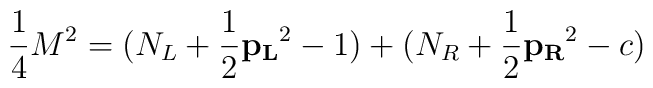
{1 \over 4}M^2 = (N_L + {1 \over 2}{\bf p_L}^2 - 1)+(N_R + {1 \over 2}{\bf p_R}^2 - c)